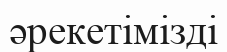
әрекетімізді